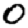
Digit: 0